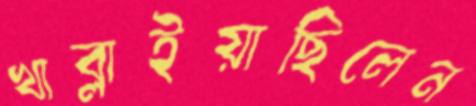
খাব্‌লাইয়াছিলেন